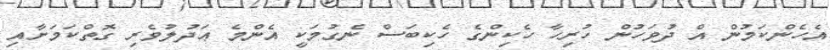
އެހެންކަމުން އް ދުވަހުން ހުރިހާ ހެކިންގެ ހެކިބަސް ނެގުމަކީ އެންމެ ޢަދުލުވެރި ގޮތްކަމަށާއި